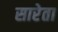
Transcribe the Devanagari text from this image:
सारेता